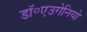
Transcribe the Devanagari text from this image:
डॉ॰एउगेनियो